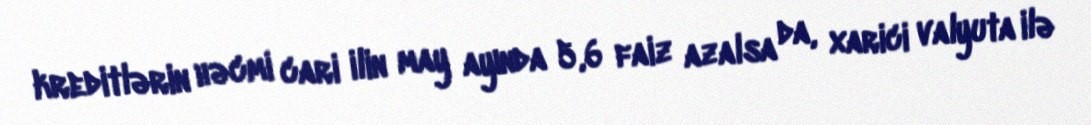
kreditlərin həcmi cari ilin may ayında 5,6 faiz azalsa da, xarici valyuta ilə